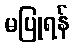
မပြုရန်